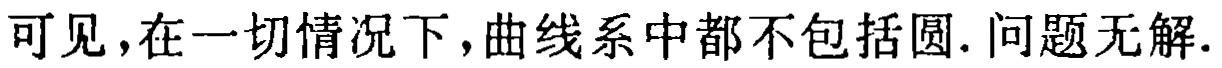
可见，在一切情况下，曲线系中都不包括圆. 问题无解.